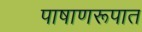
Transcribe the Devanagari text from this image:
पाषाणरूपात